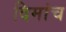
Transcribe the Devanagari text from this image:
दिमांच